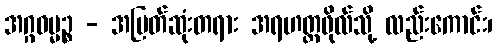
အဂ္ဂဓမ္မဉ္စ - အမြတ်ဆုံးတရား အရဟတ္တဖိုလ်သို့ လည်းကောင်း၊